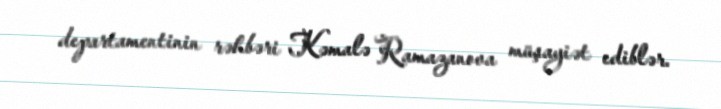
departamentinin rəhbəri Kəmalə Ramazanova müşayiət ediblər.